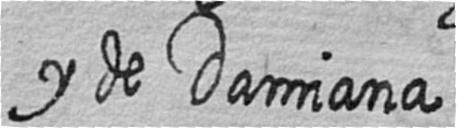
y de Damiana